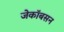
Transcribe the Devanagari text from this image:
जेकॉबसन